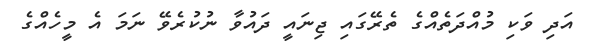
އަދި ވަކި މުއްދަތެއްގެ ތެރޭގައި ޖިނައީ ދައުވާ ނުކުރެވޭ ނަމަ އެ މީހެއްގެ